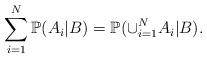
LaTeX: \begin{align*}\sum_{i=1}^N \mathbb P(A_i|B)=\mathbb P(\cup_{i=1}^N A_i|B).\end{align*}